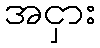
အငှား